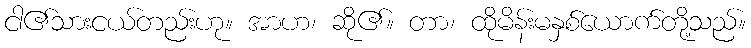
ငါ၏သားငယ်တည်းဟု။ အာဟ၊ ဆို၏။ တာ၊ ထိုမိန်းမနှစ်ယောက်တို့သည်။